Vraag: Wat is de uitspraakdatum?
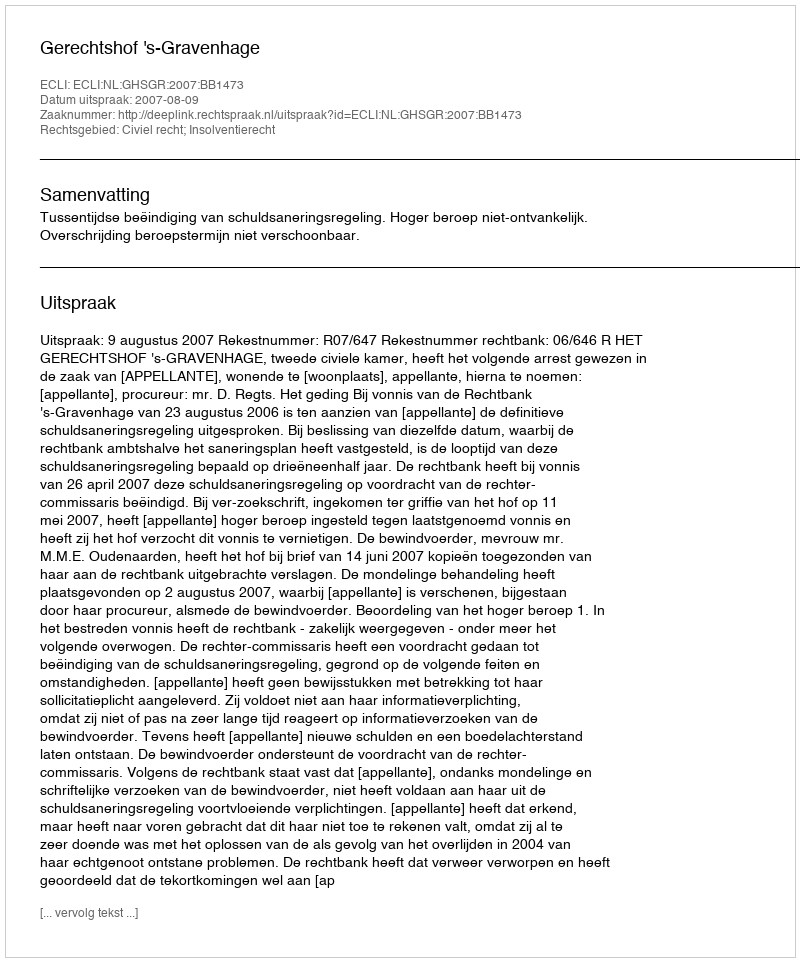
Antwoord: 2007-08-09